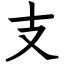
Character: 支